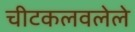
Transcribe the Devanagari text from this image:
चीटकलवलेले